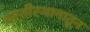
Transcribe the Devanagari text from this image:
वस्तीस्थानातून